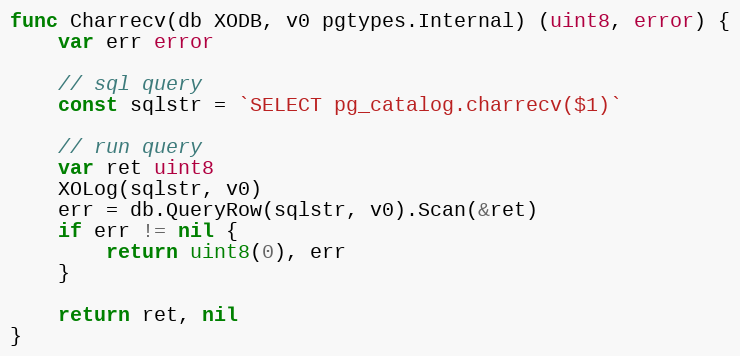
Language: Go
func Charrecv(db XODB, v0 pgtypes.Internal) (uint8, error) {
	var err error

	// sql query
	const sqlstr = `SELECT pg_catalog.charrecv($1)`

	// run query
	var ret uint8
	XOLog(sqlstr, v0)
	err = db.QueryRow(sqlstr, v0).Scan(&ret)
	if err != nil {
		return uint8(0), err
	}

	return ret, nil
}